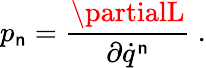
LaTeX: p_{\mathsf{n}}=\frac{{\partialL}}{{\partial\dot{{q}}^{\mathsf{n}}}}\ .